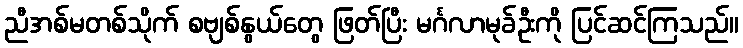
ညီအစ်မတစ်သိုက် စဗျစ်နွယ်တွေ ဖြတ်ပြီး မင်္ဂလာမုခ်ဦးကို ပြင်ဆင်ကြသည်။